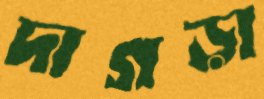
দাগড়া